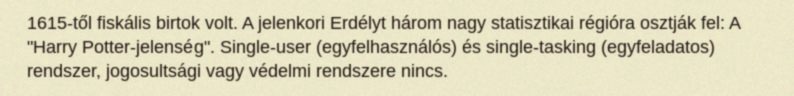
1615-től fiskális birtok volt. A jelenkori Erdélyt három nagy statisztikai régióra osztják fel: A "Harry Potter-jelenség". Single-user (egyfelhasználós) és single-tasking (egyfeladatos) rendszer, jogosultsági vagy védelmi rendszere nincs.